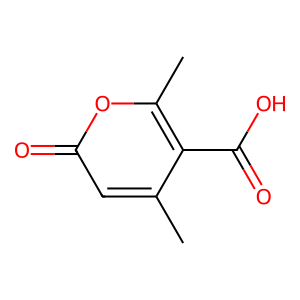
SMILES: Cc1cc(=O)oc(C)c1C(=O)O
Inhibits HIV replication: No